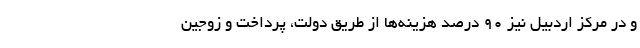
و در مرکز اردبیل نیز ۹۰ درصد هزینه‌ها از طریق دولت، پرداخت و زوجین